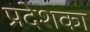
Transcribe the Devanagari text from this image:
प्रदेशका